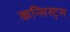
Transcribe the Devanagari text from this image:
कन्सिस्ट्स